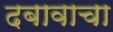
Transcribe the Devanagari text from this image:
दबावाचा